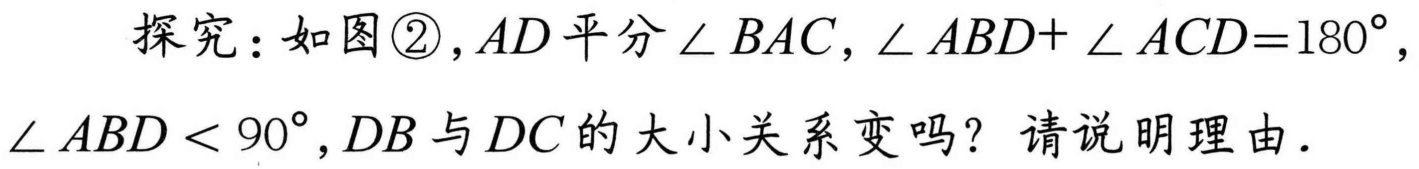
探究：如图\textcircled{2}，\(AD\)平分\(\angle BAC\)，\(\angle ABD + \angle ACD = 180^{\circ}\)，\(\angle ABD < 90^{\circ}\)，\(DB\)与\(DC\)的大小关系变吗？请说明理由.